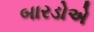
બારડોએ